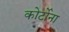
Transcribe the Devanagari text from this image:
कोर्टोना